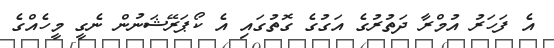
އެ ފަހަރު އުމްރާ ދަތުރުގެ އަގުގެ ގޮތުގައި އެ ކޯޕަރޭޝަނުން ނެގީ މީހެއްގެ